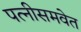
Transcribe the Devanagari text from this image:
पत्‍नीसमवेत